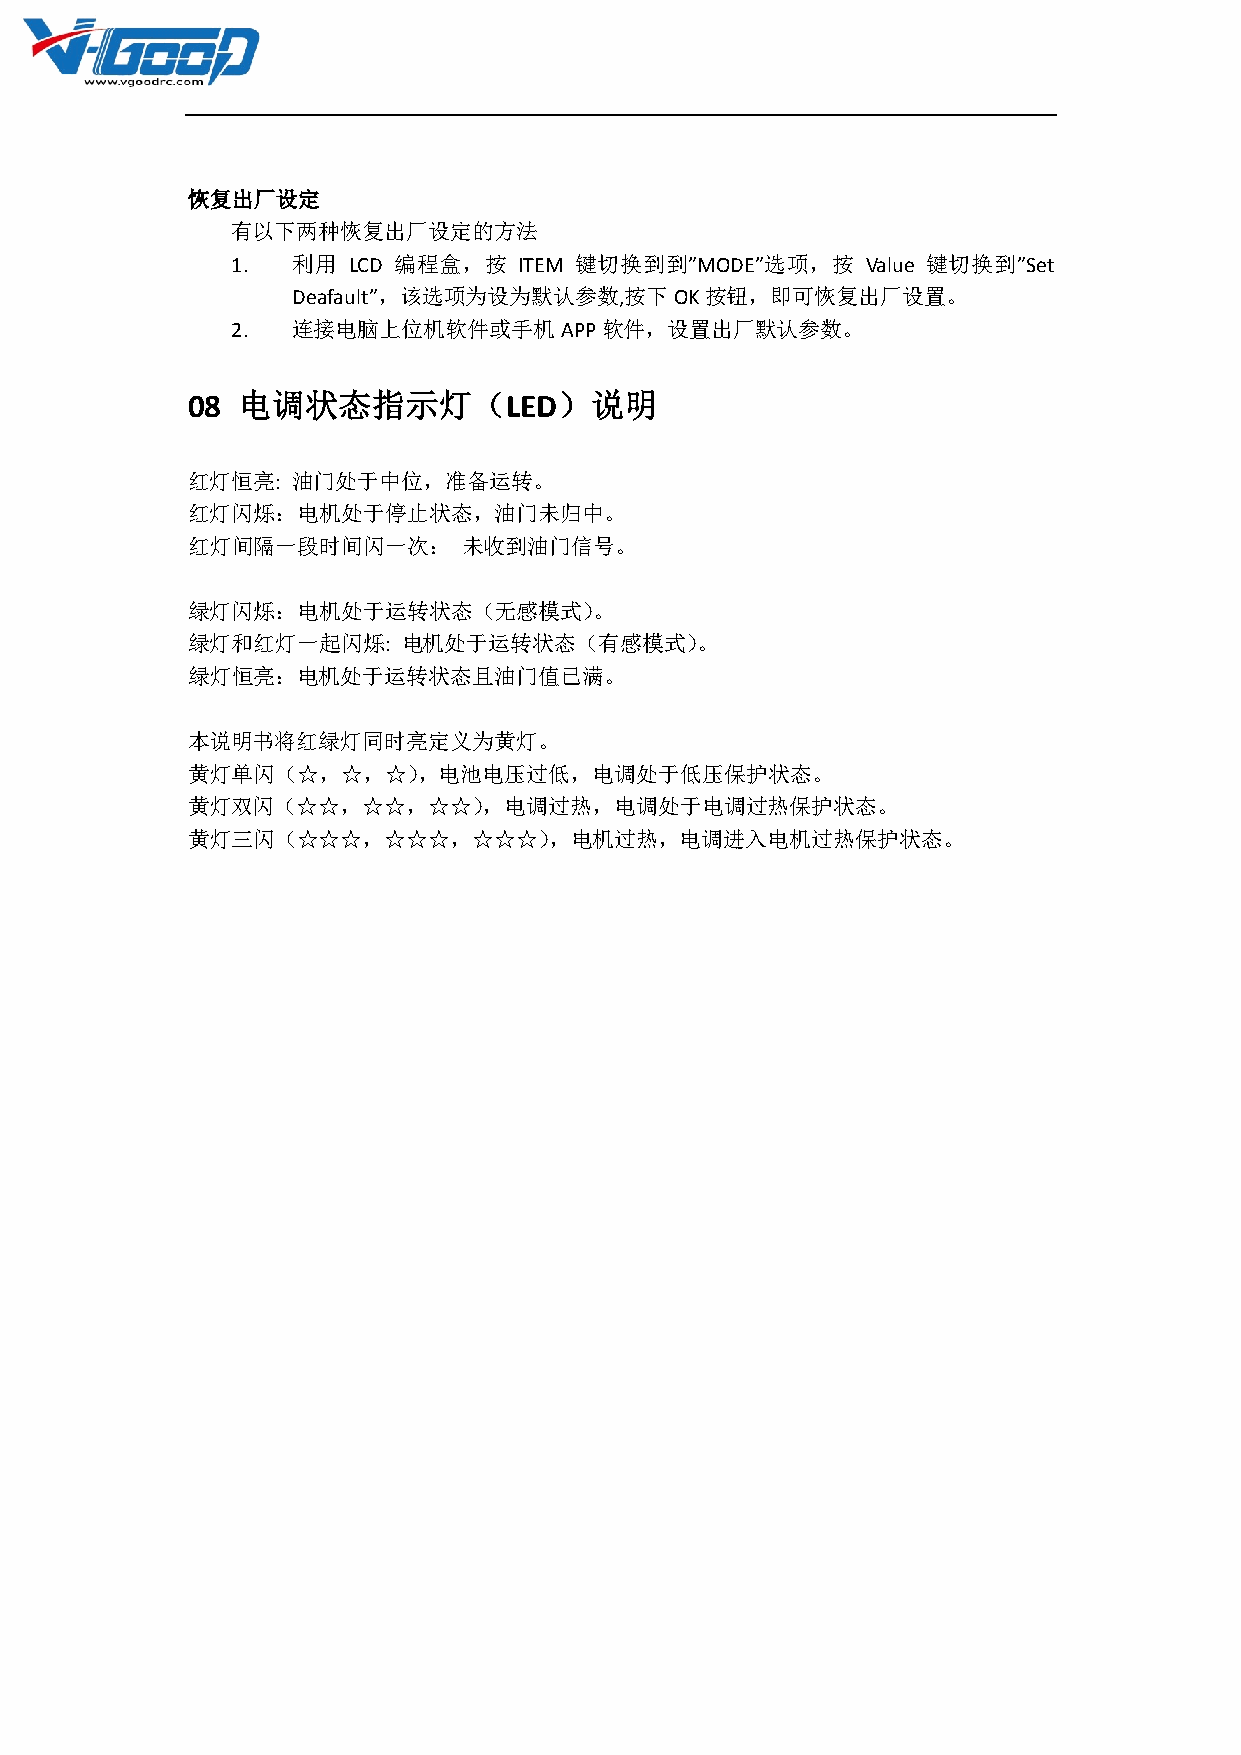
恢复出厂设定
 有以下两种恢复出厂设定的方法
 1.  利用  LCD 编程盒，按  ITEM 键切换到到”MODE”选项，按   Value 键切换到”Set
 Deafault”，该选项为设为默认参数,按下OK按钮，即可恢复出厂设置。
 2.  连接电脑上位机软件或手机APP软件，设置出厂默认参数。
 08  电调状态指示灯（LED）说明
 红灯恒亮:  油门处于中位，准备运转。
 红灯闪烁：电机处于停止状态，油门未归中。
 红灯间隔一段时间闪一次：       未收到油门信号。
 绿灯闪烁：电机处于运转状态（无感模式）。
 绿灯和红灯一起闪烁:     电机处于运转状态（有感模式）。
 绿灯恒亮：电机处于运转状态且油门值已满。
 本说明书将红绿灯同时亮定义为黄灯。
 黄灯单闪（☆，☆，☆），电池电压过低，电调处于低压保护状态。
 黄灯双闪（☆☆，☆☆，☆☆），电调过热，电调处于电调过热保护状态。
 黄灯三闪（☆☆☆，☆☆☆，☆☆☆），电机过热，电调进入电机过热保护状态。